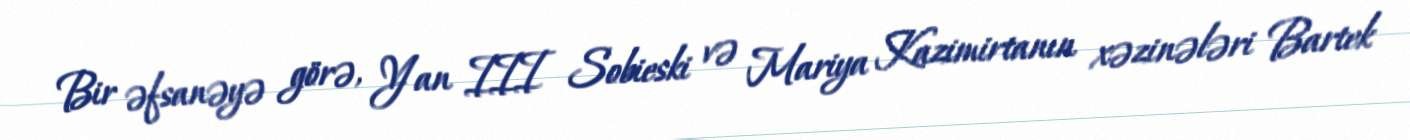
Bir əfsanəyə görə, Yan III Sobieski və Mariya Kazimirtanın xəzinələri Bartek